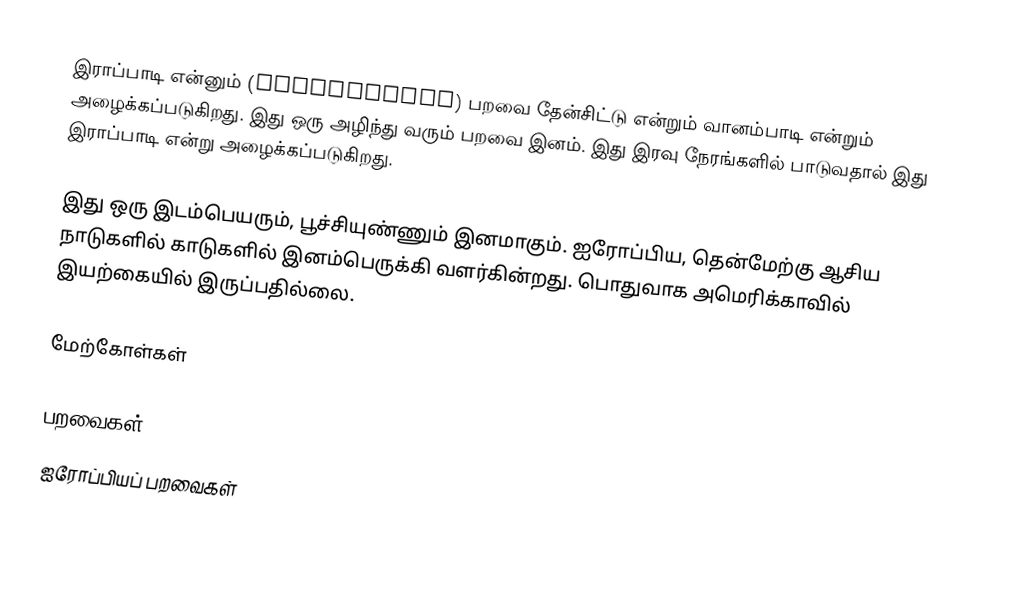
இராப்பாடி என்னும் (nightingale) பறவை தேன்சிட்டு என்றும் வானம்பாடி என்றும் அழைக்கப்படுகிறது. இது ஒரு அழிந்து வரும் பறவை இனம். இது இரவு நேரங்களில் பாடுவதால் இது இராப்பாடி என்று அழைக்கப்படுகிறது.

இது ஒரு இடம்பெயரும், பூச்சியுண்ணும் இனமாகும். ஐரோப்பிய, தென்மேற்கு ஆசிய நாடுகளில் காடுகளில் இனம்பெருக்கி வளர்கின்றது. பொதுவாக அமெரிக்காவில் இயற்கையில் இருப்பதில்லை.

மேற்கோள்கள்

பறவைகள்
ஐரோப்பியப் பறவைகள்